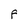
Character: F